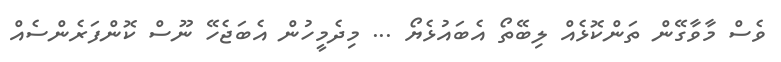
ވެސް މާވާގޭން ތަންކޮޅެއް ލިބޭތޯ އެބައުޅެޔޯ ... މިދެމީހުން އެބަޖެހޭ ނޫސް ކޮންފަރެންސެއް